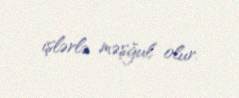
işlərlə məşğul olur.